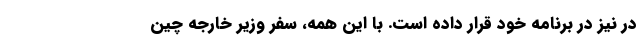
در نیز در برنامه خود قرار داده است. با این همه، سفر وزیر خارجه چین